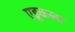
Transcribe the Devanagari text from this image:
एडूकला